Civil Veterinary Department. United Provinces 1923-31 - 1923-1931
Year: 1923
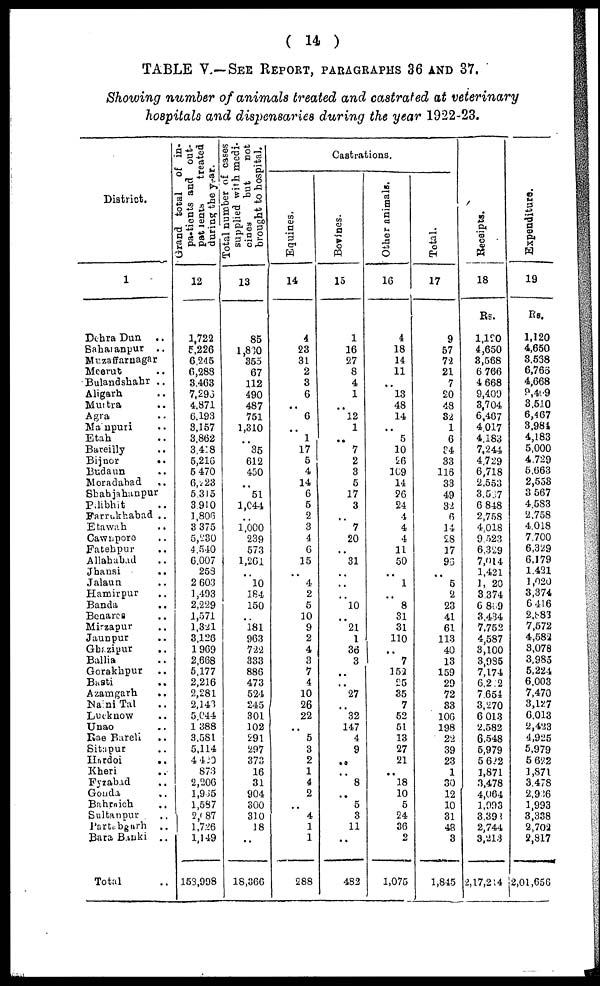
( 14 )
TABLE V.—SEE REPORT, PARAGRAPHS 36 and 37.
Showing number of animals treated and castrated at veterinary
hospitals and dispensaries during the year 1922-23.
District.
1
Dehra Dun ..
saharanpur
..
Muzaffarnagar
Meerut ..
Bulandshahr ..
Aligarh ..
Muttra ..
Agra
Manpuri ..
Etah ..
Bareilly ..
Bijnor
..
Budaun ..
Moradabad ..
Shahjahanpur
Palibhit ..
Farrukhabad ..
Etawah ..
Cawnpore ..
Fatehpur ..
Allahabad
Jhansi ..
Jalaun ..
Hamirpur ..
Banda ..
Benares ..
Mirzapur ..
Jaunpur ..
Ghazipur ..
Ballia ..
Gorakhpur ..
Basti ..
Azatngarh
..
NainiTal ..
Luckaow ..
Unao ..
Rae Bareli ..
Sitapur ..
Hardoi
..
Kheri ..
Fyzabad ..
Gonda ..
Bahraich ..
Sultanpur ..
Partabgarh ..
Bara Banki ..
Total ..
Grand total of in-
patients and out-
patients
treated
during the year.
12
1,722
5,226
6,245
6,283
3,463
7,296
4,871
6,193
3,157
3,862
3,418
5,216
5,470
6,223
5,315
8,910
1,806
3,375
5,230
4,540
6,007
258
2 603
1,493
2,229
1,571
1,321
3,128
1,969
2,668
5,177
2,216
2,281
2,141
5,044
1,388
3,581
5,114
4,423
873
2,206
1,965
1,587
2,087
1,726
1,149
153,998
Total number of cases
supplied with medi-
cines
but
not
brought to hospital.
13
85
1,830
855
67
112
490
487
751
1,310
..
35
612
450
..
51
1,044
..
1,000
239
573
1,261
..
10
184
150
..
181
963
722
333
886
473
524
245
301
102
291
297
373
16
31
904
300
310
18
..
18,366
Castrations.
Equines,
14
4
23
31
2
3
6
..
6
..
1
17
5
4
14
6
5
2
3
4
6
15
..
4
2
5
10
9
2
4
3
7
4
10
26
22
..
5
3
2
1
4
2
..
4
1
1
288
Bovines.
15
1
16
27
8
4
1
..
12
1
..
7
2
3
5
17
3
..
7
20
..
31
..
..
10
..
21
1
36
3
..
..
27
..
32
147
4
9
..
..
8
..
5
3
11
..
482
Other animals.
16
4
18
14
11
..
13
48
14
..
5
10
26
109
14
26
24
4
4
4
11
50
..
1
..
8
31
31
110
..
7
152
25
35
7
52
51
13
27
21
..
18
10
5
24
36
2
1,075
Total.
17
9
57
72
21
7
20
48
32
1
6
34
33
116
33
49
32
6
14
28
17
93
..
5
2
23
41
61
113
40
13
159
29
72
33
106
198
22
39
23
1
30
12
10
31
48
3
1,845
Receipts.
18
Rs.
1,120
4,650
3,568
6,766
4,668
9,409
3,704
6,467
4,017
4,183
7,244
4,729
6,718
2,553
3,537
6 848
2,758
4,018
9,523
6.329
7,014
1,421
1, 20
3,374
6 809
3,434
7,752
4,587
3,100
3,935
7,174
6,212
7,654
3,270
6 013
2,582
6.548
5,979
5,622
1,871
3,478
4,064
1,993
8,392
2,744
3,213
2,17,214
Expenditure.
19
Rs.
1,120
4,650
3,538
6,766
4,668
9,409
3,510
6,467
3,984
4,183
5,000
4,729
5,663
2,553
3,567
4,583
2,758
4,018
7,700
6,329
6,179
1,421
1,020
3,374
6,416
2,883
7,572
4,582
3,078
3,985
5,224
6,003
7,470
3,127
6,013
2,423
4,925
5,979
5,622
3,871
3,478
2,936
1,993
3,338
2,702
2,817
2,01,656